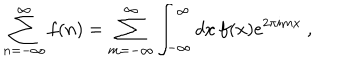
\sum _ { n = - \infty } ^ { \infty } f ( n ) = \sum _ { m = - \infty } ^ { \infty } \int _ { - \infty } ^ { \infty } d x \, f ( x ) e ^ { 2 \pi i m x } ~ ,